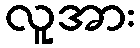
လူအား